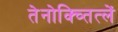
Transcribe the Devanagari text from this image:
तेनोक्च्तित्लें